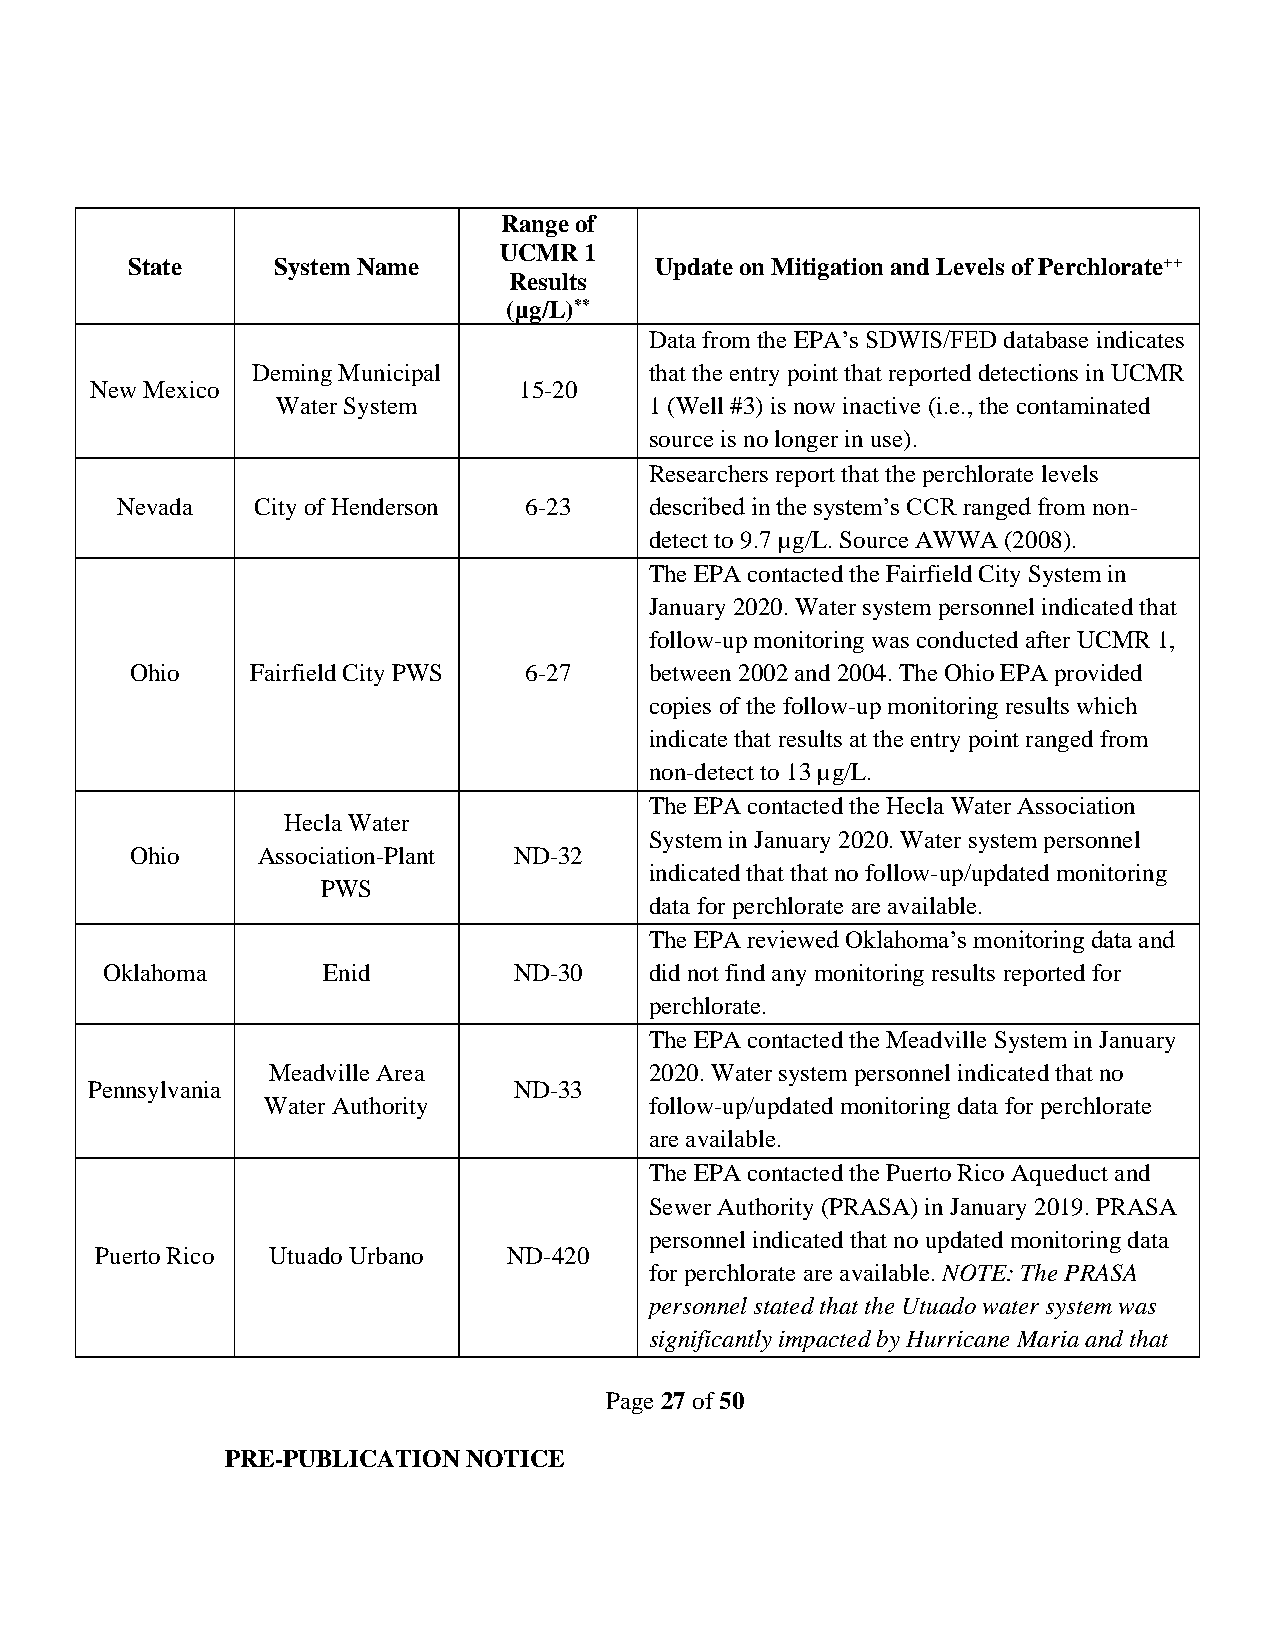
Range of
 UCMR  1
 State     System Name              Update on Mitigation and Levels of Perchlorate++
 Results
 (µg/L)**
 Data from the EPA’s SDWIS/FED database indicates
 Deming Municipal          that the entry point that reported detections in UCMR
 New Mexico                  15-20
 Water System             1 (Well #3) is now inactive (i.e., the contaminated
 source is no longer in use).
 Researchers report that the perchlorate levels
 Nevada   City of Henderson 6-23    described in the system’s CCR ranged from non-
 detect to 9.7 µg/L. Source AWWA (2008).
 The EPA contacted the Fairfield City System in
 January 2020. Water system personnel indicated that
 follow-up monitoring was conducted after UCMR 1,
 Ohio    Fairfield City PWS 6-27   between 2002 and 2004. The Ohio EPA provided
 copies of the follow-up monitoring results which
 indicate that results at the entry point ranged from
 non-detect to 13 µg/L.
 The EPA contacted the Hecla Water Association
 Hecla Water
 System in January 2020. Water system personnel
 Ohio    Association-Plant ND-32
 indicated that that no follow-up/updated monitoring
 PWS
 data for perchlorate are available.
 The EPA reviewed Oklahoma’s monitoring data and
 Oklahoma      Enid         ND-30    did not find any monitoring results reported for
 perchlorate.
 The EPA contacted the Meadville System in January
 Meadville Area           2020. Water system personnel indicated that no
 Pennsylvania                ND-33
 Water Authority          follow-up/updated monitoring data for perchlorate
 are available.
 The EPA contacted the Puerto Rico Aqueduct and
 Sewer Authority (PRASA) in January 2019. PRASA
 personnel indicated that no updated monitoring data
 Puerto Rico Utuado Urbano   ND-420
 for perchlorate are available. NOTE: The PRASA
 personnel stated that the Utuado water system was
 significantly impacted by Hurricane Maria and that
 Page 27 of 50
 PRE-PUBLICATION NOTICE